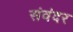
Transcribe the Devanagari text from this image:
संवंदर